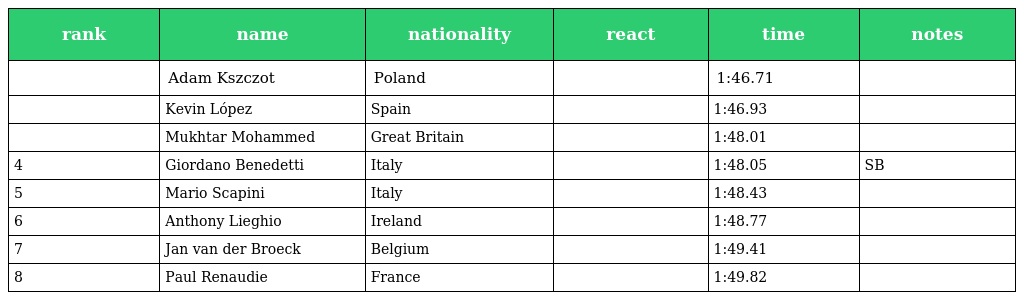
| rank | name | nationality | react | time | notes |
 | --- | --- | --- | --- | --- | --- |
 |  | Adam Kszczot | Poland |  | 1:46.71 |  |
 |  | Kevin López | Spain |  | 1:46.93 |  |
 |  | Mukhtar Mohammed | Great Britain |  | 1:48.01 |  |
 | 4 | Giordano Benedetti | Italy |  | 1:48.05 | SB |
 | 5 | Mario Scapini | Italy |  | 1:48.43 |  |
 | 6 | Anthony Lieghio | Ireland |  | 1:48.77 |  |
 | 7 | Jan van der Broeck | Belgium |  | 1:49.41 |  |
 | 8 | Paul Renaudie | France |  | 1:49.82 |  |